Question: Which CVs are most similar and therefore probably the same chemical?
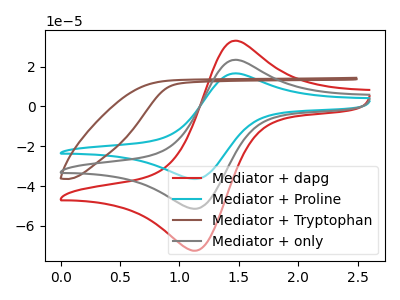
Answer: <think>The red curve "Mediator + dapg" has an anodic peak at (1.45V, 46.45uA) and a cathodic peak at (1.15V, -102.80uA). The cyan curve "Mediator + Proline" has an anodic peak at (1.45V, 16.50uA) and a cathodic peak at (1.15V, -36.45uA). The brown curve "Mediator + Tryptophan" has no peaks. The gray curve "Mediator + only" has an anodic peak at (1.45V, 23.25uA) and a cathodic peak at (1.15V, -51.40uA).
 All the peaks in "Mediator + dapg" have a peak in "Mediator + Proline" at the same potential. Every peak in "Mediator + dapg" is higher than every peak in "Mediator + Proline". "Mediator + dapg" and "Mediator + Tryptophan" have a different number of peaks. All the peaks in "Mediator + dapg" have a peak in "Mediator + only" at the same potential. Every peak in "Mediator + dapg" is higher than every peak in "Mediator + only". "Mediator + Proline" and "Mediator + Tryptophan" have a different number of peaks. All the peaks in "Mediator + Proline" have a peak in "Mediator + only" at the same potential. Every peak in "Mediator + Proline" is lower than every peak in "Mediator + only". "Mediator + Tryptophan" and "Mediator + only" have a different number of peaks.</think>
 <answer>"Mediator + Proline", "Mediator + dapg" and "Mediator + only" have the same shape and are likely CV's of the same chemical.</answer>
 <eval>"Mediator + Proline" "Mediator + dapg" "Mediator + only"</eval>